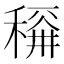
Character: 𱶛